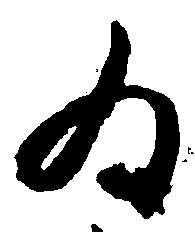
ゐ